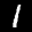
Label: 1